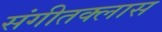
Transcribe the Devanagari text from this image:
संगीतक्लास